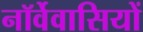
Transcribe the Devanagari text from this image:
नॉर्वेवासियों